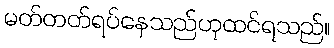
မတ်တတ်ရပ်နေသည်ဟုထင်ရသည်။